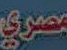
مصري